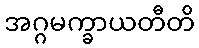
အဂ္ဂမက္ခာယတီတိ